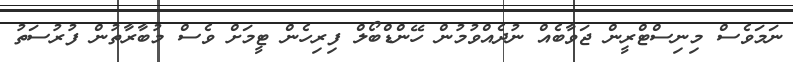
ނަމަވެސް މިނިސްޓްރީން ޖަވާބެއް ނުދެއްވުމުން ހޭންޑްބޯލް ފިރިހެން ޓީމަށް ވެސް މުބާރާތުން ފުރުސަތު